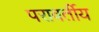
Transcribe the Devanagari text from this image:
परावर्तीय